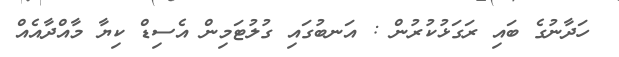
ހަދާނުގެ ބައި ރަގަޅުކުރުން : އަނބުގައި ގުލުޓަމިން އެސިޑް ކިޔާ މާއްދާއެއް